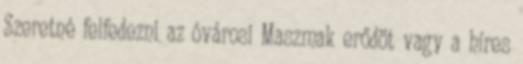
Szeretné felfedezni az óvárosi Maszmak erődöt vagy a híres